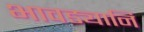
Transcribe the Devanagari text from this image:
भावड्यानि